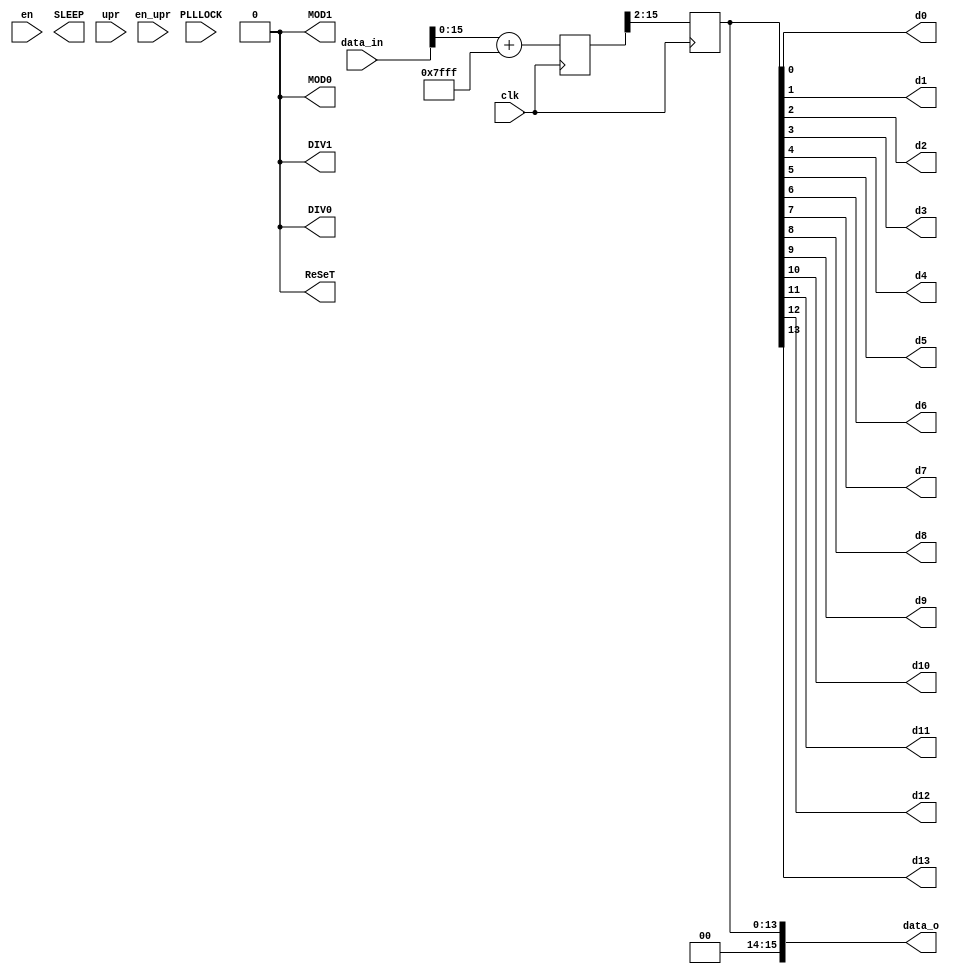
`timescale 1ns / 1ps
//////////////////////////////////////////////////////////////////////////////////
// Company: 
// Engineer: 
// 
// Design Name: 
// Module Name:    DAC_upr 
// Project Name: 
// Target Devices: 
// Tool versions: 
// Description: 
//
// Dependencies: 
//
// Revision: 
// Revision 0.01 - File Created
// Additional Comments: 
//
//////////////////////////////////////////////////////////////////////////////////
module DAC_upr(
    input clk,
    input [16:0] data_in,
    input en,
	 input PLLLOCK,
    output d0,
    output d1,
    output d2,
    output d3,
    output d4,
    output d5,
    output d6,
    output d7,
    output d8,
    output d9,
    output d10,
    output d11,
    output d12,
    output d13,
	 output [15:0] data_o,
    output DIV1,
    output DIV0,
    output SLEEP,
    output MOD0,
    output MOD1,
    output ReSeT,
    input [7:0] upr,
    input en_upr
    );


reg [13:0] data_reg=0;
reg [16:0] z=0;
reg SLEEP_reg=0;
reg DIV1_reg =0;
reg DIV0_reg =0;
reg MOD0_reg =0;
reg MOD1_reg =0;
reg RST_reg  =0;

reg [31:0] sch_tst=0;


always @(posedge clk)
begin

if (sch_tst<100000000) 	sch_tst<=sch_tst+1; else 	sch_tst<=0;

//if (sch_tst==0) data_reg<=14'h0000; else if (sch_tst==50000000)  data_reg<=14'b11111111111111;

end


always @(posedge clk)
begin

		z<=data_in+ $signed(16'd32767);

	  data_reg<=z>>2;
	//data_reg<=14'b11111111111111;
	
	SLEEP_reg<=0;
	DIV1_reg <=0;
	DIV0_reg <=0;
	MOD0_reg <=0;
	MOD1_reg <=0;
	RST_reg  <=0;

end

assign DIV1  = DIV1_reg;
assign DIV0  = DIV0_reg;
assign MOD0  = MOD0_reg;
assign MOD1  = MOD1_reg;
assign ReSeT = RST_reg;

assign d0  = data_reg[ 0];
assign d1  = data_reg[ 1];
assign d2  = data_reg[ 2];
assign d3  = data_reg[ 3];
assign d4  = data_reg[ 4];
assign d5  = data_reg[ 5];
assign d6  = data_reg[ 6];
assign d7  = data_reg[ 7];
assign d8  = data_reg[ 8];
assign d9  = data_reg[ 9];
assign d10 = data_reg[10];
assign d11 = data_reg[11];
assign d12 = data_reg[12];
assign d13 = data_reg[13];
assign data_o = {1'h0,1'h0,data_reg};


endmodule